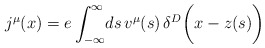
\begin{align*}j^{\mu}(x)=e\int_{-\infty}^\infty\!ds\,v^{\mu}(s)\,\delta ^{D}\biggl (x-z(s)\biggr)\end{align*}